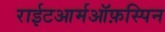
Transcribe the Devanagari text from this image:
राईटआर्मऑफ़स्पिन